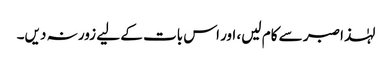
لہٰذا صبر سے کام لیں، اور اس بات کے لیے زور نہ دیں۔